Indian journal of veterinary science and animal husbandry - Volume 4,
Year: 1934
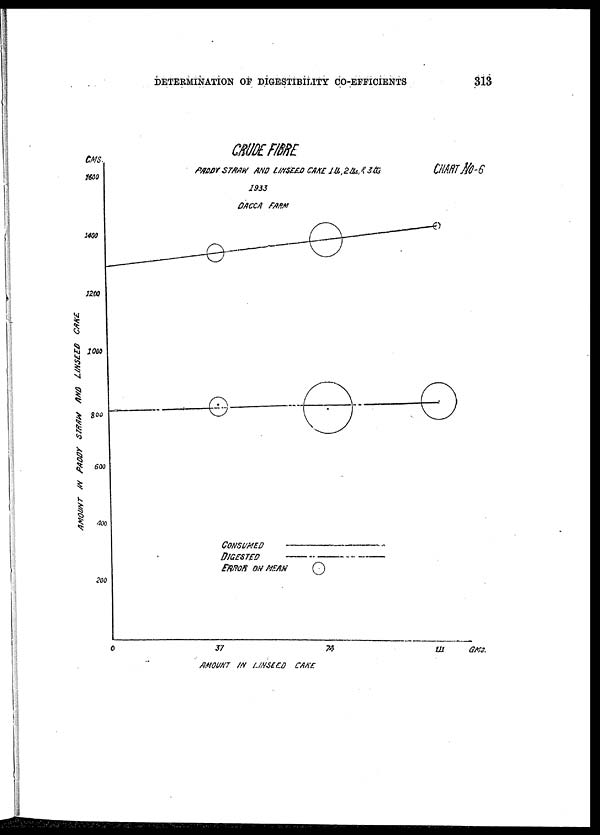
DETERMINATION OF DIGESTIBILITY CO-EFFICIENTS
313